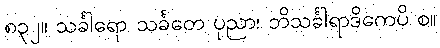
၈၃၂။ သင်္ခါရော သင်္ခတေ ပုညာ၊ ဘိသင်္ခါရာဒိကေပိ စ။